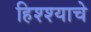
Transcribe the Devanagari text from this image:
हिश्श्याचे